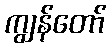
ကျွန်တော်